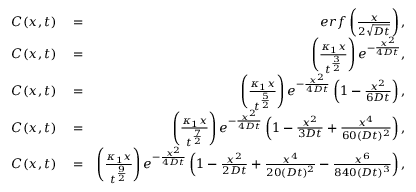
\begin{array} { r l r } { C ( x , t ) } & { { } = } & { e r f \left( { \frac { x } { 2 \sqrt { D t } } } \right) , } \\ { C ( x , t ) } & { { } = } & { \left( \frac { \kappa _ { 1 } x } { t ^ { \frac { 3 } { 2 } } } \right) e ^ { - \frac { x ^ { 2 } } { 4 D t } } , } \\ { C ( x , t ) } & { { } = } & { \left( \frac { \kappa _ { 1 } x } { t ^ { \frac { 5 } { 2 } } } \right) e ^ { - \frac { x ^ { 2 } } { 4 D t } } \left( 1 - \frac { x ^ { 2 } } { 6 D t } \right) , } \\ { C ( x , t ) } & { { } = } & { \left( \frac { \kappa _ { 1 } x } { t ^ { \frac { 7 } { 2 } } } \right) e ^ { - \frac { x ^ { 2 } } { 4 D t } } \left( 1 - \frac { x ^ { 2 } } { 3 D t } + \frac { x ^ { 4 } } { 6 0 ( D t ) ^ { 2 } } \right) , } \\ { C ( x , t ) } & { { } = } & { \left( \frac { \kappa _ { 1 } x } { t ^ { \frac { 9 } { 2 } } } \right) e ^ { - \frac { x ^ { 2 } } { 4 D t } } \left( 1 - \frac { x ^ { 2 } } { 2 D t } + \frac { x ^ { 4 } } { 2 0 ( D t ) ^ { 2 } } - \frac { x ^ { 6 } } { 8 4 0 ( D t ) ^ { 3 } } \right) , } \end{array}